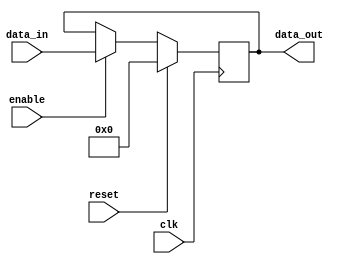
module register (
    input wire clk, // Clock signal
    input wire reset, // Reset signal
    input wire enable, // Enable signal
    input wire [7:0] data_in, // Data input
    output reg [7:0] data_out // Data output
);

// Sequential storage element (flip-flop)
always @(posedge clk) begin
    if (reset) begin
        // Reset register to all zeros
        data_out <= 8'b0;
    end else begin
        if (enable) begin
            // Store data input on rising edge of clock signal
            data_out <= data_in;
        end
    end
end

endmodule